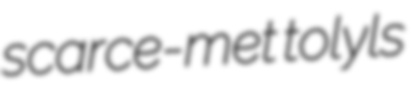
scarce-met tolyls